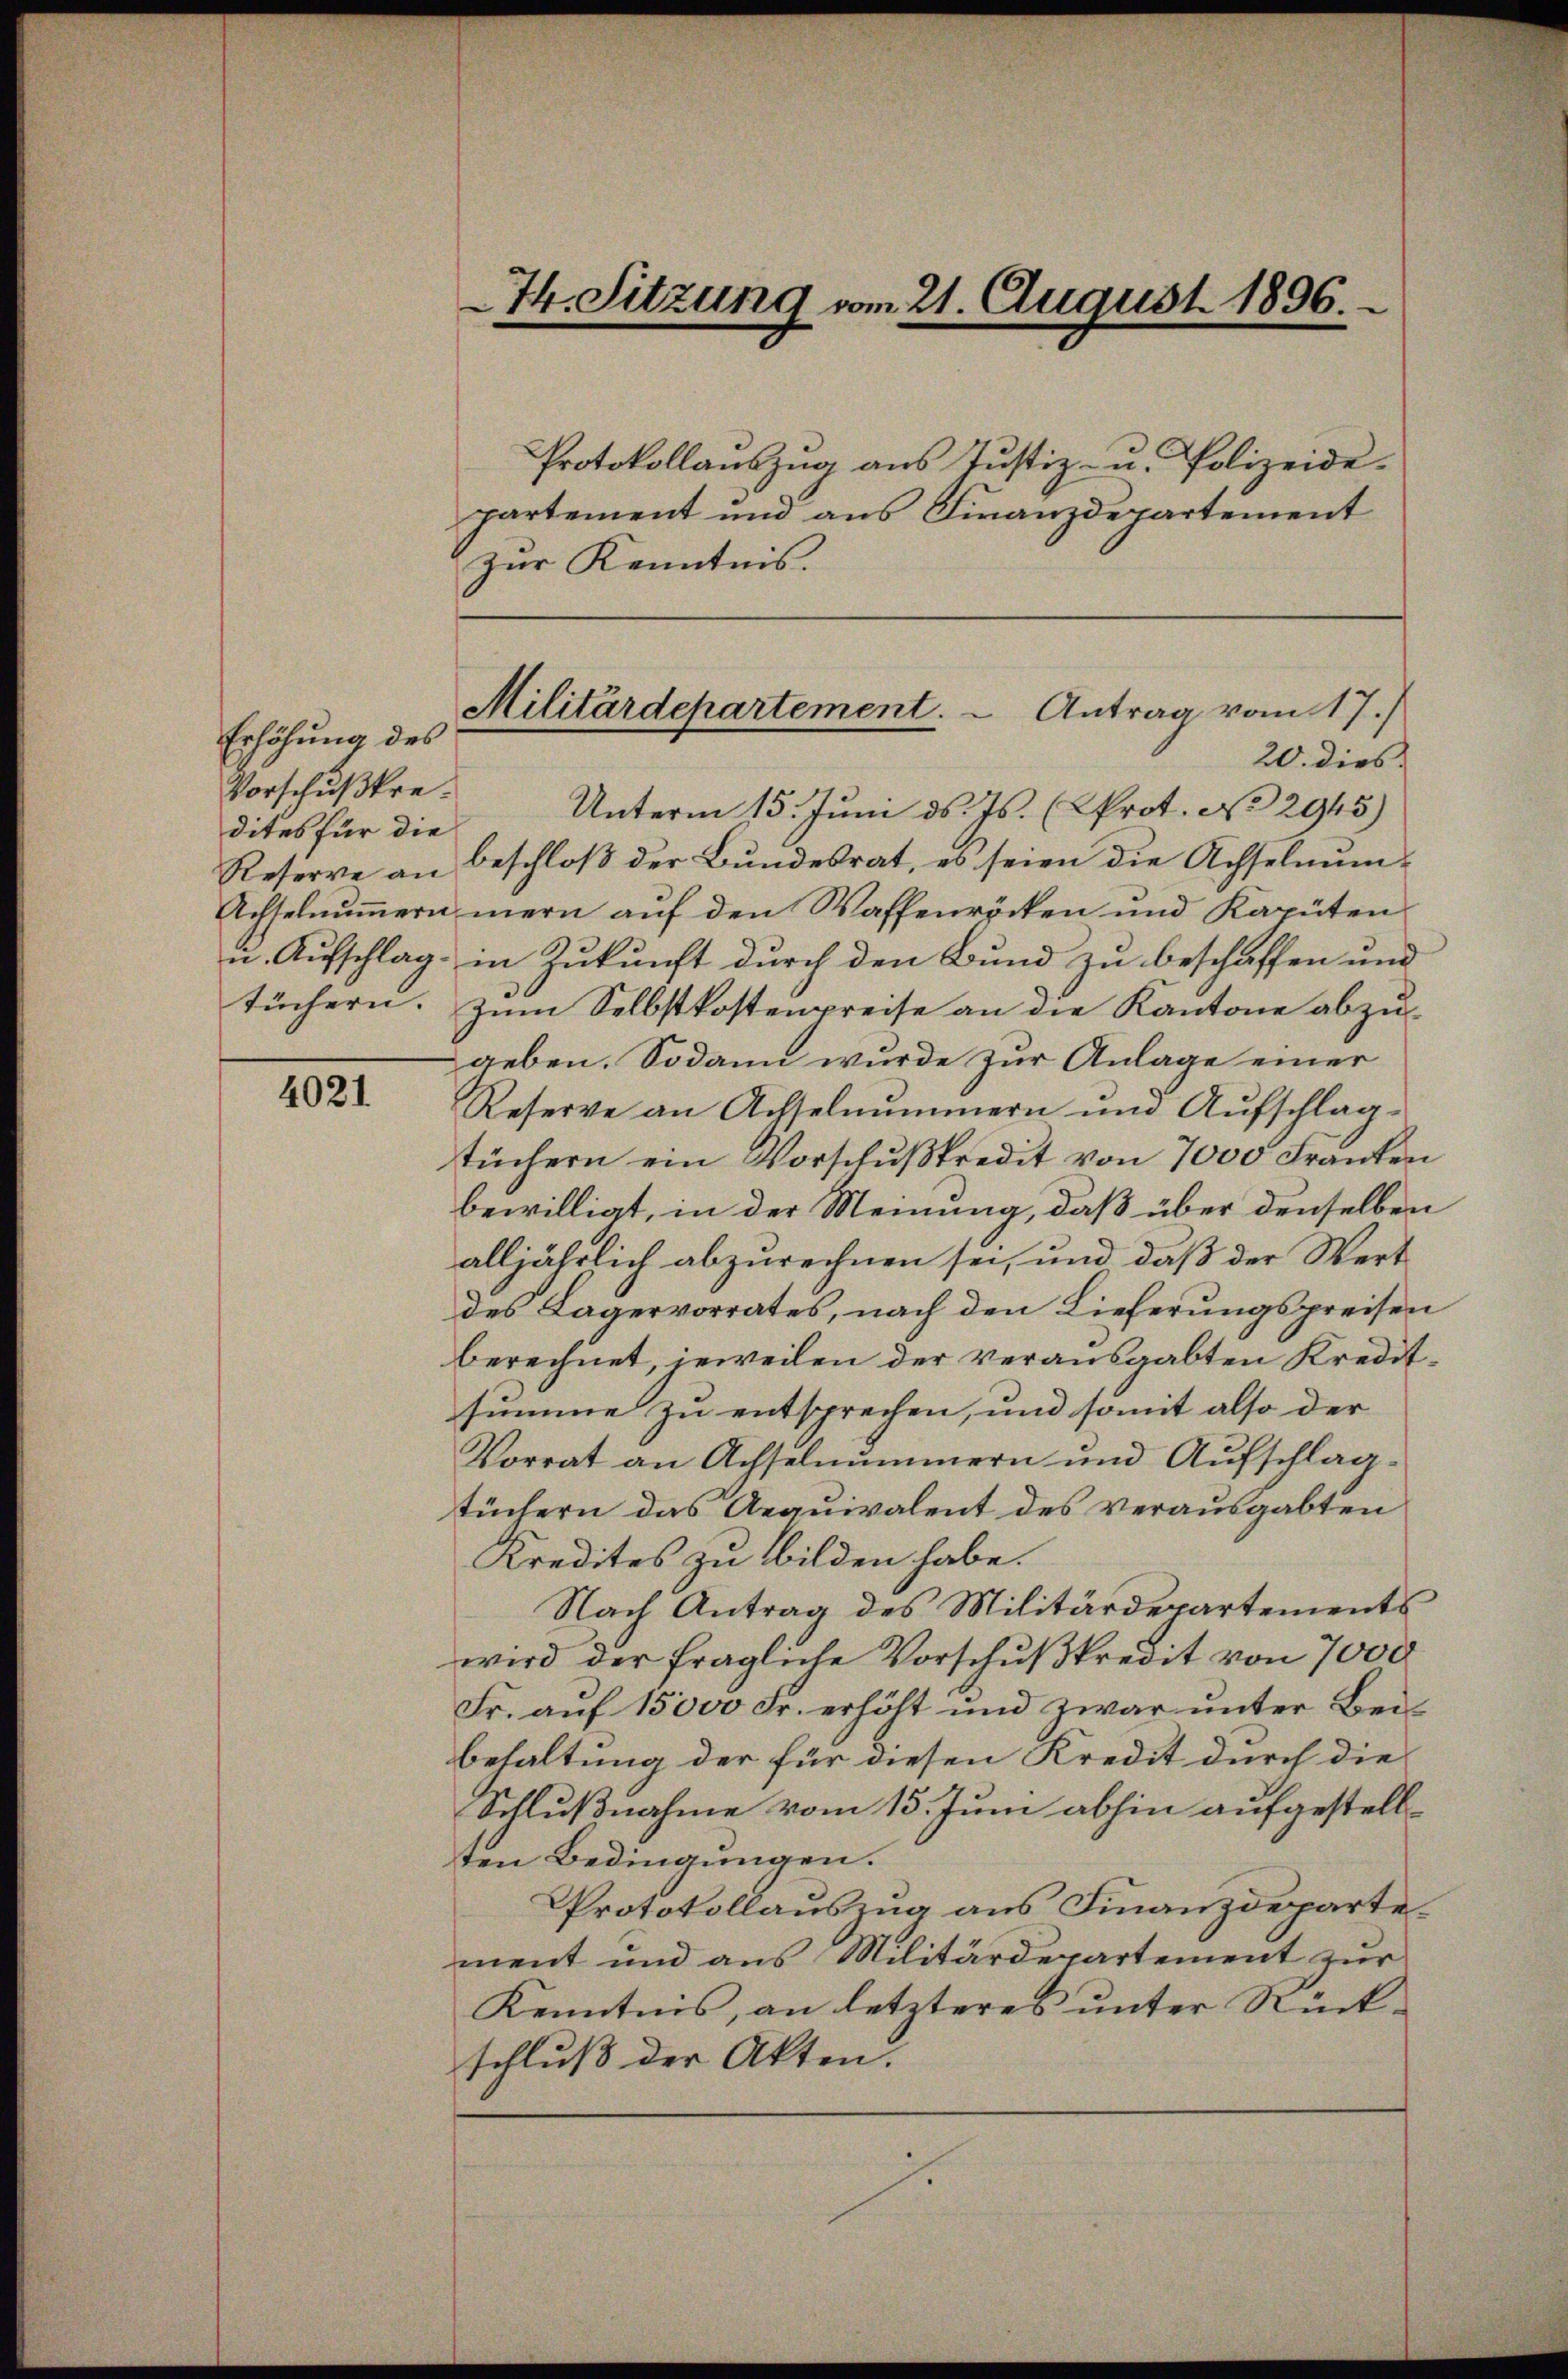
Erhöhung des
Vorschußkredites für die
tüchern.

4021.

Protokollaŭszŭg ans Justiz- u. Polizeide-
partement und aus Finanzdepartement
Zur Kenntnis.
20. dies
Unterm 15. Juni d. Js. (Prot. No 2945)
Reserve an beschloβ der Bŭndesrat, es seien die Achselnŭn-
Achselmŭṁern mein aŭf den Waffenröcken und Kapüten
u. Aufschlag in Zukunft durch den Bund zu beschaffen und
Zum Selbstkostenpreise an die Kantone abzugeben. Sodann wurde zur Anlage einer
Reserve an Achselnummern und Aŭfschlag-
tüchern ein Vorschŭβkredit von 7000 Franken
bewilligt, in der Meinung, daß über denselben
alljährlich abzurechnen sei, und daß der Wert
des Lagervorrates, nach den Lieferungspreisen
berechnet, jeweilen der verausgabten Kreditsumme zu entsprechen, und somit also der
Vorrat an Achselnummern und Aufschlag-
tüchern das Aequivalent des verausgabten
Kredites zu bilden habe.
Nach Antrag des Militärdepartements
wird der fragliche Vorschußkredit von 7000
Fr. auf 15000 Fr. erhöht und zwar unter Beibehaltung der für diesen Kredit durch die
Schlußnahme vom 15. Juni abhin aufgestellten Bedingungen.
Protokollauszug aus Finanzdepartement und aus Militärdepartement zur
Kenntnis, an letzteres unter Rückschluß der Akten.

74. Sitzung vom 21. August 1896.

Militärdepartement.  Antrag vom 17./